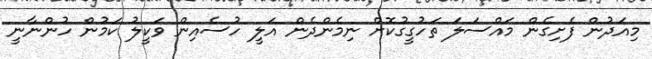
މިއަދުން ފެށިގެން މައްސަލަ ތަހުގީގުކޮށް ނިމެންދެން އަލީ ހުސެއިން ވަކީލު ކަމުން ހުންނާނީ